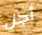
أجل